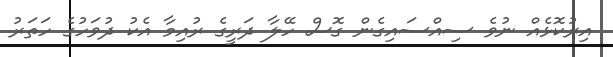
އިރުކޮޅެއް ނުވެ ސިއްސައިގެން ގޮސް ހޭލާ ދަރީގެ ރުއިމާ އެކު ދުވަހުގެ ހަތަރު